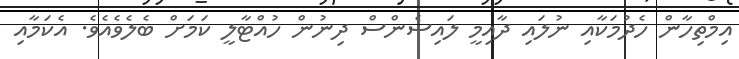
އިމްތިހާން ހެދުމަކާއި ނުލައި ދާއިމީ ލައިސެންސް ދިނުން ހުއްޓާލީ ކަމަށް ބެލެވެއެވެ. އެކަމާއި